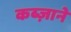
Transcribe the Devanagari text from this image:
कब्ज़ाने